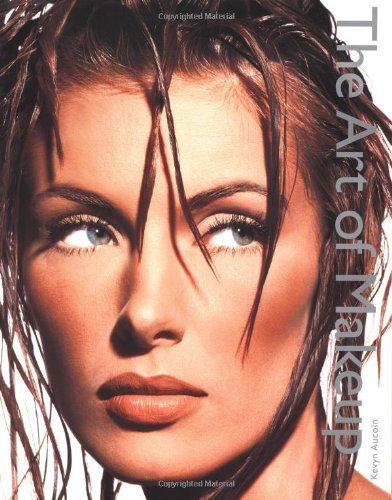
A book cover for The Art of Makeup; Kevyn Aucoin; Health, Fitness & Dieting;